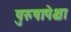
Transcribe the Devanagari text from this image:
पुरुषापेक्षा